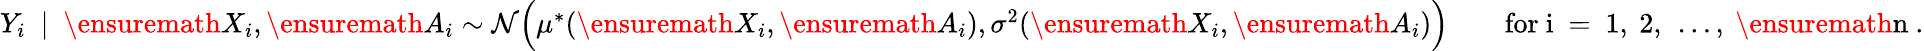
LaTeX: \begin{array}{r}{Y_{i}~\mid~\ensuremath{X}_{i},\ensuremath{A}_{i}\sim\mathcal{N}\Big(\mu^{*}(\ensuremath{X}_{i},\ensuremath{A}_{i}),\sigma^{2}(\ensuremath{X}_{i},\ensuremath{A}_{i})\Big)\qquad\mathrm{for~i~=~1,~2,~\ldots,~\ensuremath{n}~.}}\end{array}